Civil Veterinary Dept. Bombay admin report 1900-1906 - 1900-1906
Year: 1900
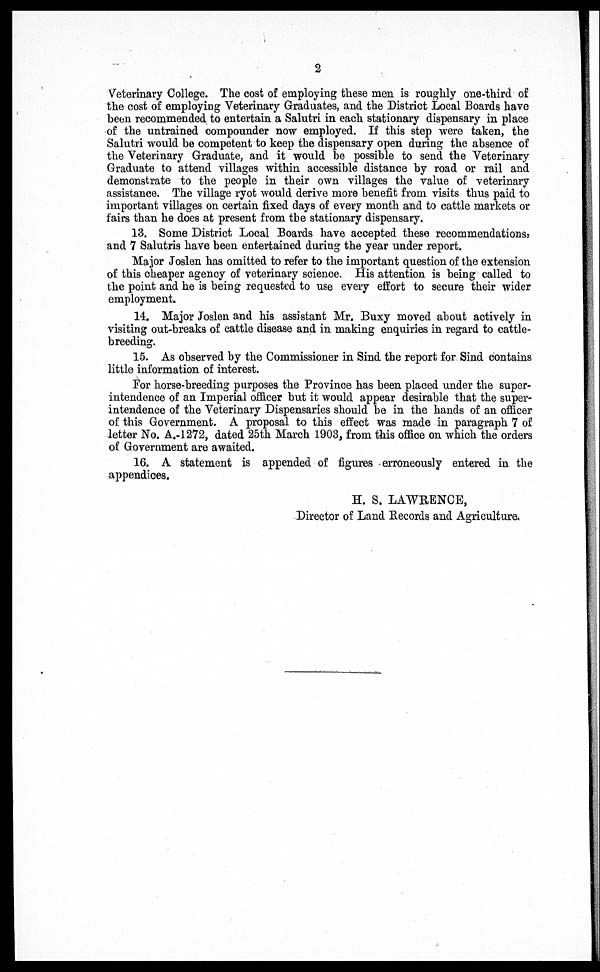
2
Veterinary College. The cost of employing these men is roughly one-third of
the cost of employing Veterinary Graduates, and the District Local Boards have
been recommended to entertain a Salutri in each stationary dispensary in place
of the untrained compounder now employed. If this step were taken, the
Salutri would be competent to keep the dispensary open during the absence of
the Veterinary Graduate, and it would be possible to send the Veterinary
Graduate to attend villages within accessible distance by road or rail and
demonstrate to the people in their own villages the value of veterinary
assistance. The village ryot would derive more benefit from visits thus paid to
important villages on certain fixed days of every month and to cattle markets or
fairs than he does at present from the stationary dispensary.
13. Some District Local Boards have accepted these recommendations,
and 7 Salutris have been entertained during the year under report.
Major Joslen has omitted to refer to the important question of the extension
of this cheaper agency of veterinary science. His attention is being called to
the point and he is being requested to use every effort to secure their wider
employment.
14. Major Joslen and his assistant Mr. Buxy moved about actively in
visiting out-breaks of cattle disease and in making enquiries in regard to cattle-
breeding.
15. As observed by the Commissioner in Sind the report for Sind contains
little information of interest.
For horse-breeding purposes the Province has been placed under the super-
intendence of an Imperial officer but it would appear desirable that the super-
intendence of the Veterinary Dispensaries should be in the hands of an officer
of this Government. A proposal to this effect was made in paragraph 7 of
letter No. A.-1272 , dated 25th March 1903, from this office on which the orders
of Government are awaited.
16. A statement is appended of figures erroneously entered in the
appendices.
H. S. LAWRENCE,
Director of Land Records and Agriculture,